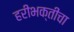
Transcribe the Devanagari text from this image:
हरीभक्तीचा